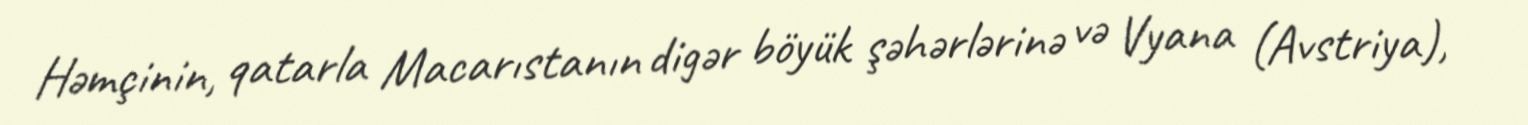
Həmçinin, qatarla Macarıstanın digər böyük şəhərlərinə və Vyana (Avstriya),